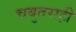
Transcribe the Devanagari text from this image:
चबुतराही